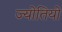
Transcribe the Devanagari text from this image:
ज्योतियो